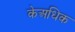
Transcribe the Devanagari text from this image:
केअधिक